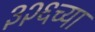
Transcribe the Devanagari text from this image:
३२६च्या